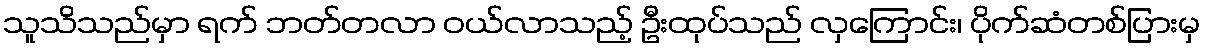
သူသိသည်မှာ ရက် ဘတ်တလာ ဝယ်လာသည့် ဦးထုပ်သည် လှကြောင်း၊ ပိုက်ဆံတစ်ပြားမှ